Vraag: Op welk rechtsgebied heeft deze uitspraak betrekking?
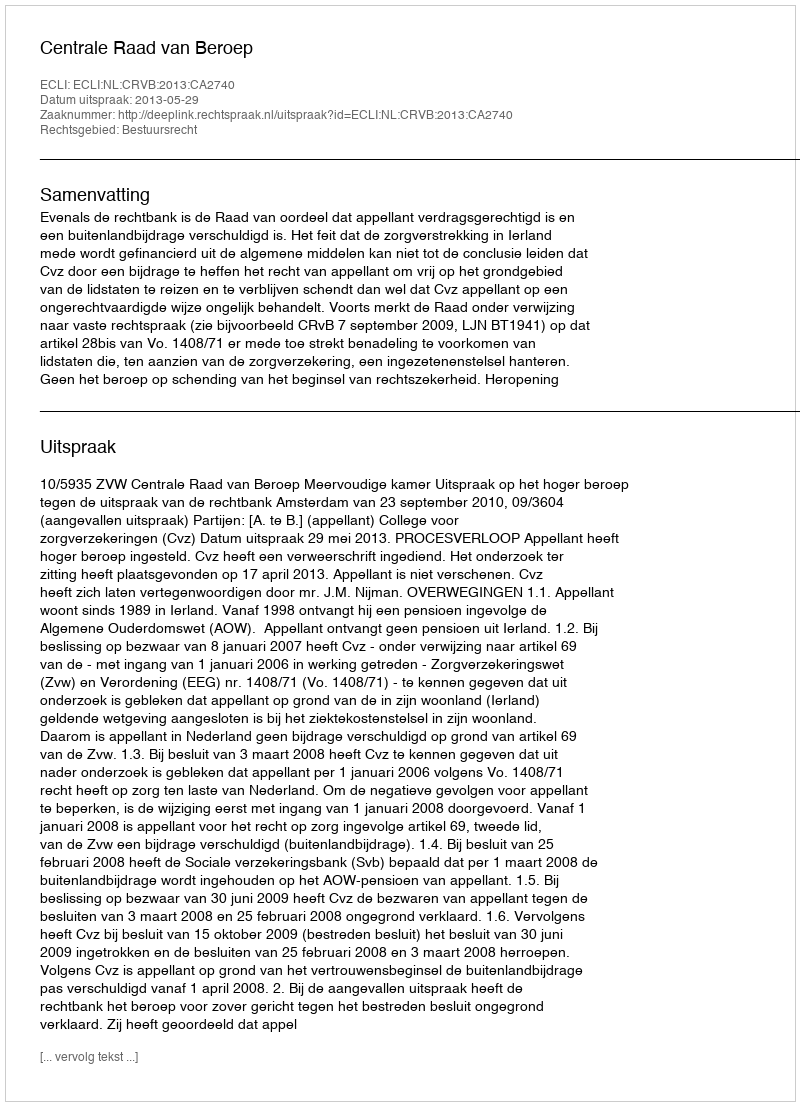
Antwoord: Bestuursrecht